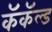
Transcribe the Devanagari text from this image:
कॅकॅल्ड